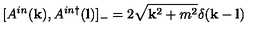
[ A ^ { i n } ( { \bf k } ) , A ^ { i n \dagger } ( { \bf l } ) ] _ { - } = 2 \sqrt { { \bf k } ^ { 2 } + m ^ { 2 } } \delta ( { \bf k } - { \bf l } )